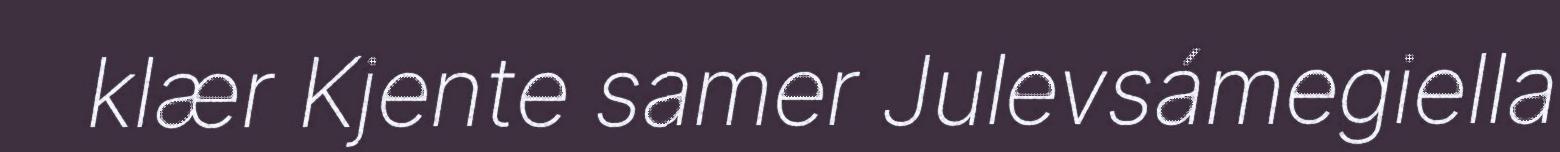
klær Kjente samer Julevsámegiella